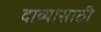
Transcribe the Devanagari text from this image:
दाव्यासाठी